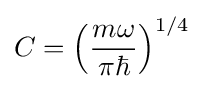
C=\left({\frac {m\omega }{\pi \hbar }}\right)^{{1}/{4}}